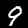
Digit: 9